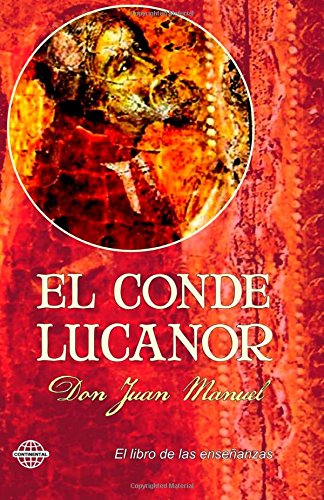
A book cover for El Conde Lucanor (Spanish Edition); Don Juan Manuel; Literature & Fiction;